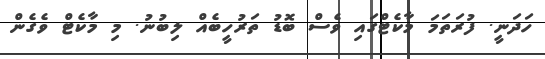
ހަދަނީ. ފުރަތަމަ މާކެޓްގައި ވެސް ބޮޑު ތަރުހީބެއް ލިބުނު. މި މާކެޓް ވެގެން